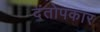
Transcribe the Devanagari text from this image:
दंतोपकार